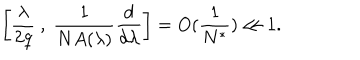
\left[ \frac { \lambda } { 2 q } \ , \ \frac { 1 } { N A ( \lambda ) } \frac { d } { d \lambda } \right] = O ( \frac { 1 } { N ^ { * } } ) \ll 1 .